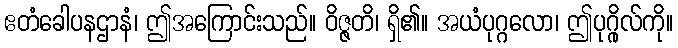
ဧတံခေါပနဌာနံ၊ ဤအကြောင်းသည်။ ဝိဇ္ဇတိ၊ ရှိ၏။ အယံပုဂ္ဂလော၊ ဤပုဂ္ဂိုလ်ကို။